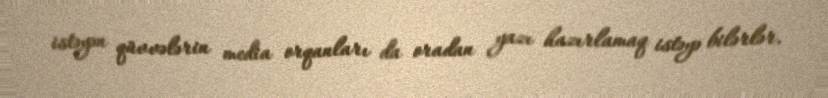
istəyən qüvvələrin media orqanları da oradan yazı hazırlamaq istəyə bilərlər.